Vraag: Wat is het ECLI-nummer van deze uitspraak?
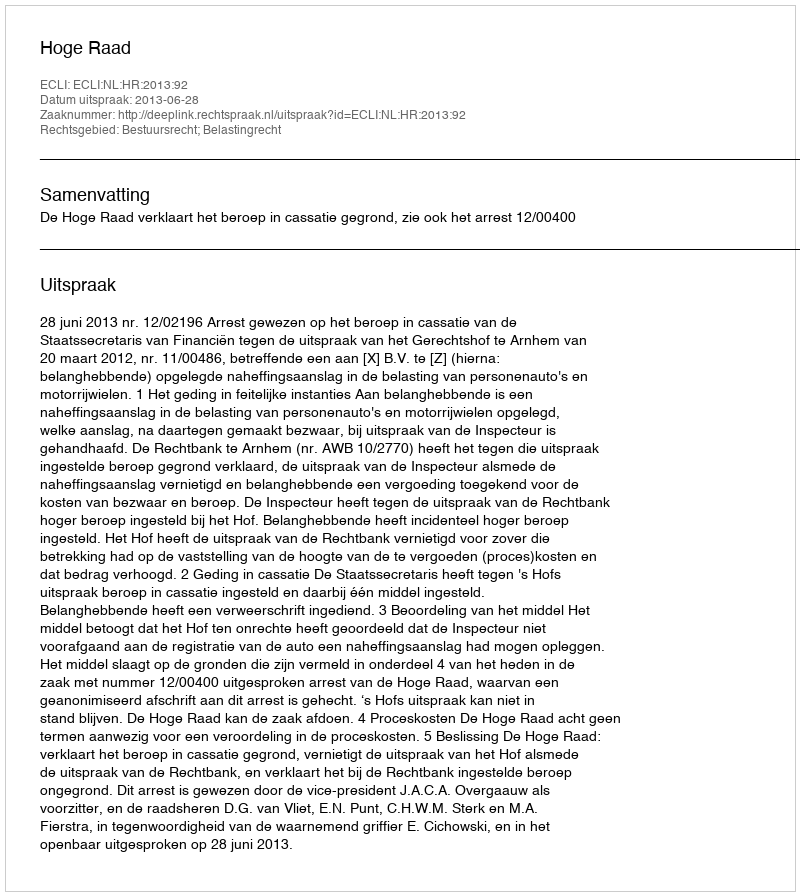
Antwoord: ECLI:NL:HR:2013:92